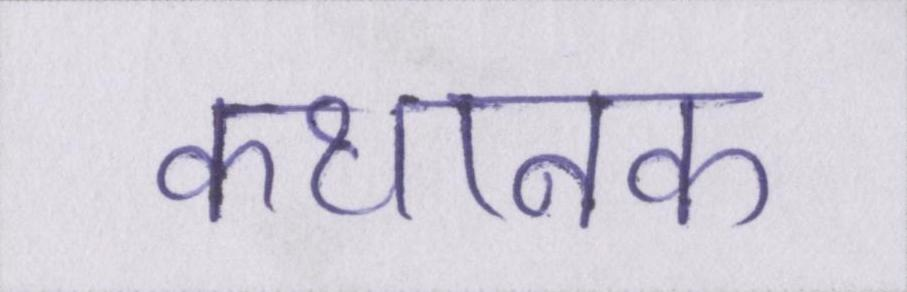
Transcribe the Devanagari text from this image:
कथानक